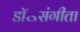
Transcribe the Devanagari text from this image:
डॉ॰संगीता